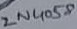
Text: 2N4058